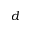
d